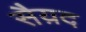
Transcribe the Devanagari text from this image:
सैय़द